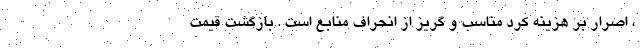
، اصرار بر هزينه کرد مناسب و گريز از انحراف منابع است . بازگشت قیمت